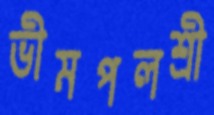
ভীমপলশ্রী